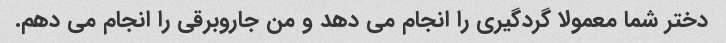
دختر شما معمولا گردگیری را انجام می دهد و من جاروبرقی را انجام می دهم.